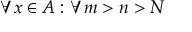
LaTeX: \forall x \in A : \forall m > n > N